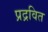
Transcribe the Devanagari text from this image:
प्रद्रवित